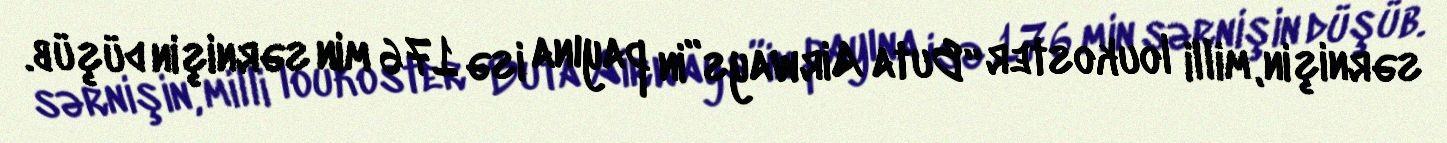
sərnişin, milli loukoster “Buta Airways”in payına isə 176 min sərnişin düşüb.